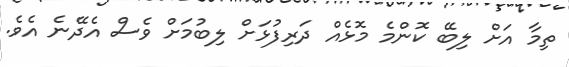
ތިމާ އަށް ލިބޭ ކޮންމެ މޮޅެއް ދަރިފުޅަށް ލިބުމަށް ވެސް އެދޭނެ އެވެ.